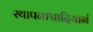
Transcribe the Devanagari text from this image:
स्थापनाश्वादियानं